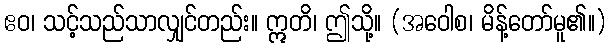
ဧဝ၊ သင့်သည်သာလျှင်တည်း။ ဣတိ၊ ဤသို့။ (အဝေါစ၊ မိန့်တော်မူ၏။)